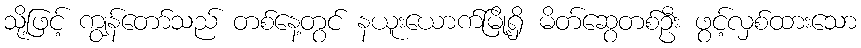
သို့ဖြင့် ကျွန်တော်သည် တစ်နေ့တွင် နယူးယောက်မြို့ရှိ မိတ်ဆွေတစ်ဦး ဖွင့်လှစ်ထားသော